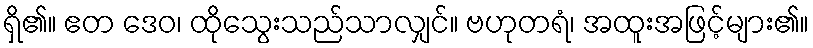
ရှိ၏။ ဧတ ဒေဝ၊ ထိုသွေးသည်သာလျှင်။ ဗဟုတရံ၊ အထူးအဖြင့်များ၏။